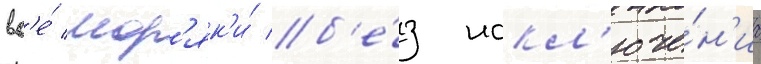
вс'е́ мор'як'и́ б'е́з искл'юче́н'иа